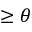
\geq \theta